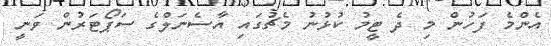
އެންމެ ފަހުން މި ދެ ޓީމު ކުޅުނު މެޗުގައި އާސެނަލްގެ ސަޕޯޓަރުން ވަނީ